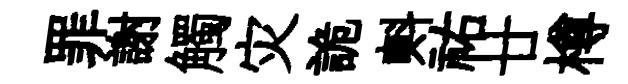
罪謝觸灾詭㪺祐廿樽